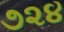
૭૨૪